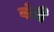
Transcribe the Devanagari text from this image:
बंची